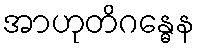
အာဟုတိဂန္ဓေန